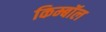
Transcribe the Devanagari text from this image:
किम्बॉल